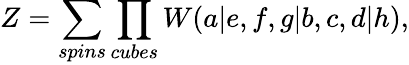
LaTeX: Z=\sum_{spins}\prod_{cubes}W(a|e,f,g|b,c,d|h),